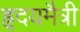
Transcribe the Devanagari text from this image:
हृदयमैत्री